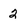
Character: 2